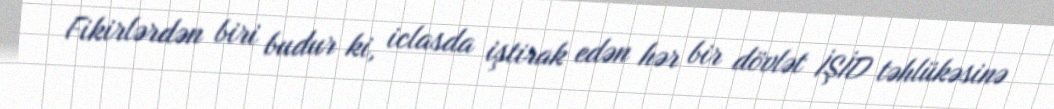
Fikirlərdən biri budur ki, iclasda iştirak edən hər bir dövlət İŞİD təhlükəsinə